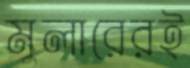
মুলারেরই